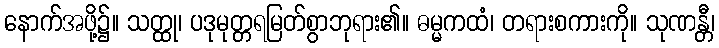
နောက်အဖို့၌။ သတ္ထု၊ ပဒုမုတ္တရမြတ်စွာဘုရား၏။ ဓမ္မကထံ၊ တရားစကားကို။ သုဏန္တီ၊